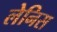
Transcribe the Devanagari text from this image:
लेनिस